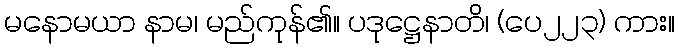
မနောမယာ နာမ၊ မည်ကုန်၏။ ပဒုဋ္ဌေနာတိ၊ (ပေ၂၂၃) ကား။